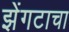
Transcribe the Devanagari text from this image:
झेंगटाचा